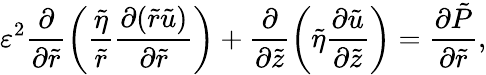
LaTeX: \varepsilon^{2}\frac{\partial}{\partial\tilde{r}}\left(\frac{\tilde{\eta}}{\tilde{r}}\frac{\partial(\tilde{r}\tilde{u})}{\partial\tilde{r}}\right)+\frac{\partial}{\partial\tilde{z}}\left(\tilde{\eta}\frac{\partial\tilde{u}}{\partial\tilde{z}}\right)=\frac{\partial\tilde{P}}{\partial\tilde{r}},